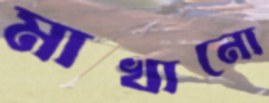
মাখানো